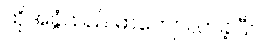
ထိုအခွံသည် မာကျောလာခဲ့ပြီ။